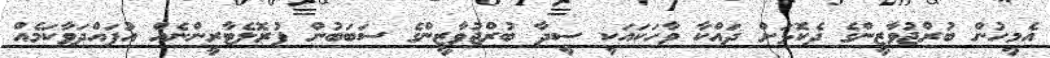
އެމީހުން ބުރްޖުވާޒީންގެ ދެކޮޅަށް ދައްކާ ވާހަކައަކީ ސީދާ ބުރްޖުވާޒީންގެ ސަބަބުން ޕުރޮލެޓާރީންނެއް އުފައްދަވާކަމެއް